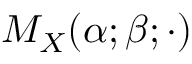
M _ { X } ( \alpha ; \beta ; \cdot )